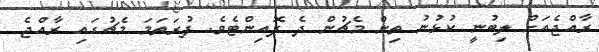
ރާއްޖެއަށް ލިބުނީ ކުޅުނު ތިން މެޗުން ދެ ޕޮއިންޓެވެ. ފުރަތަމަ މެޗުގައި ރާއްޖެ